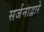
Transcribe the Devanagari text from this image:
सर्जनाद्वारे